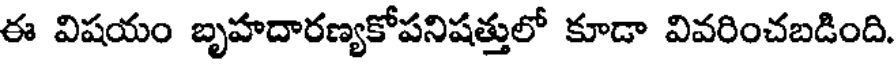
ఈ విషయం బృహదారణ్యకోపనిషత్తులో కూడా వివరించబడింది.